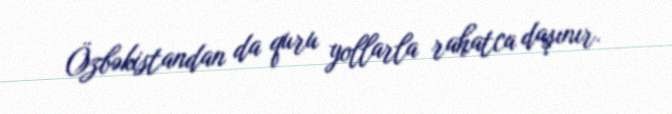
Özbəkistandan da quru yollarla rahatca daşınır.